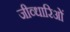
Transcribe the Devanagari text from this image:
जीव्धारिओं